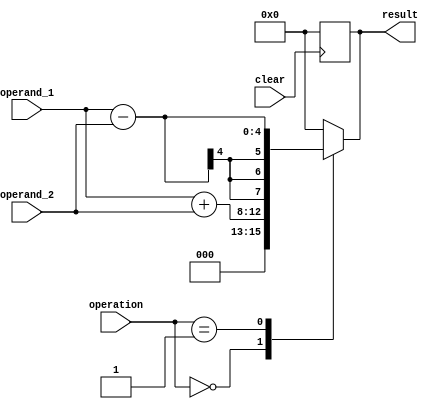
module accumulator (
    input wire [1:0] operation,
    input wire [3:0] operand_1,
    input wire [3:0] operand_2,
    input wire clear,
    output reg [7:0] result
);

always @(*) begin
    case(operation)
        2'b00: result = operand_1 + operand_2; // addition
        2'b01: result = operand_1 - operand_2; // subtraction
        default: result = 8'b0; // default to 0
    endcase
end

always @(posedge clear) begin
    if(clear)
        result <= 8'b0; // clear accumulator
end

endmodule